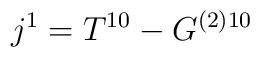
j^1 =  T^{1 0}  - G^{(2) 1 0}